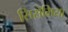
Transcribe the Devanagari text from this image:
सिसेमिया